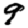
Digit: 9